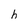
Character: h